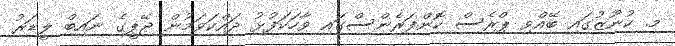
މ. ކުނޫޒުގައި ބޭއްވި ޕްރެސް ކޮންފަރެންސްގައި ވާހަކަފުޅު ދައްކަވަމުން ޖޭޕީގެ ނައިބް ލީޑަރު